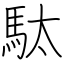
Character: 駄